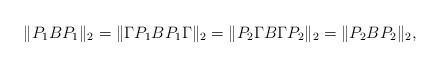
LaTeX: \begin{align*}\|P_1BP_1\|_2 = \| \Gamma P_1BP_1 \Gamma \|_2 =\|P_2 \Gamma B \Gamma P_2 \|_2 = \|P_2BP_2\|_2,\end{align*}